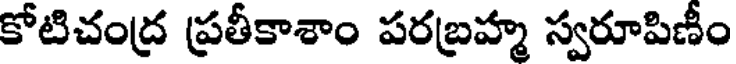
కోటిచంద్ర ప్రతీకాశాం పరబ్రహ్మ స్వరూపిణీం